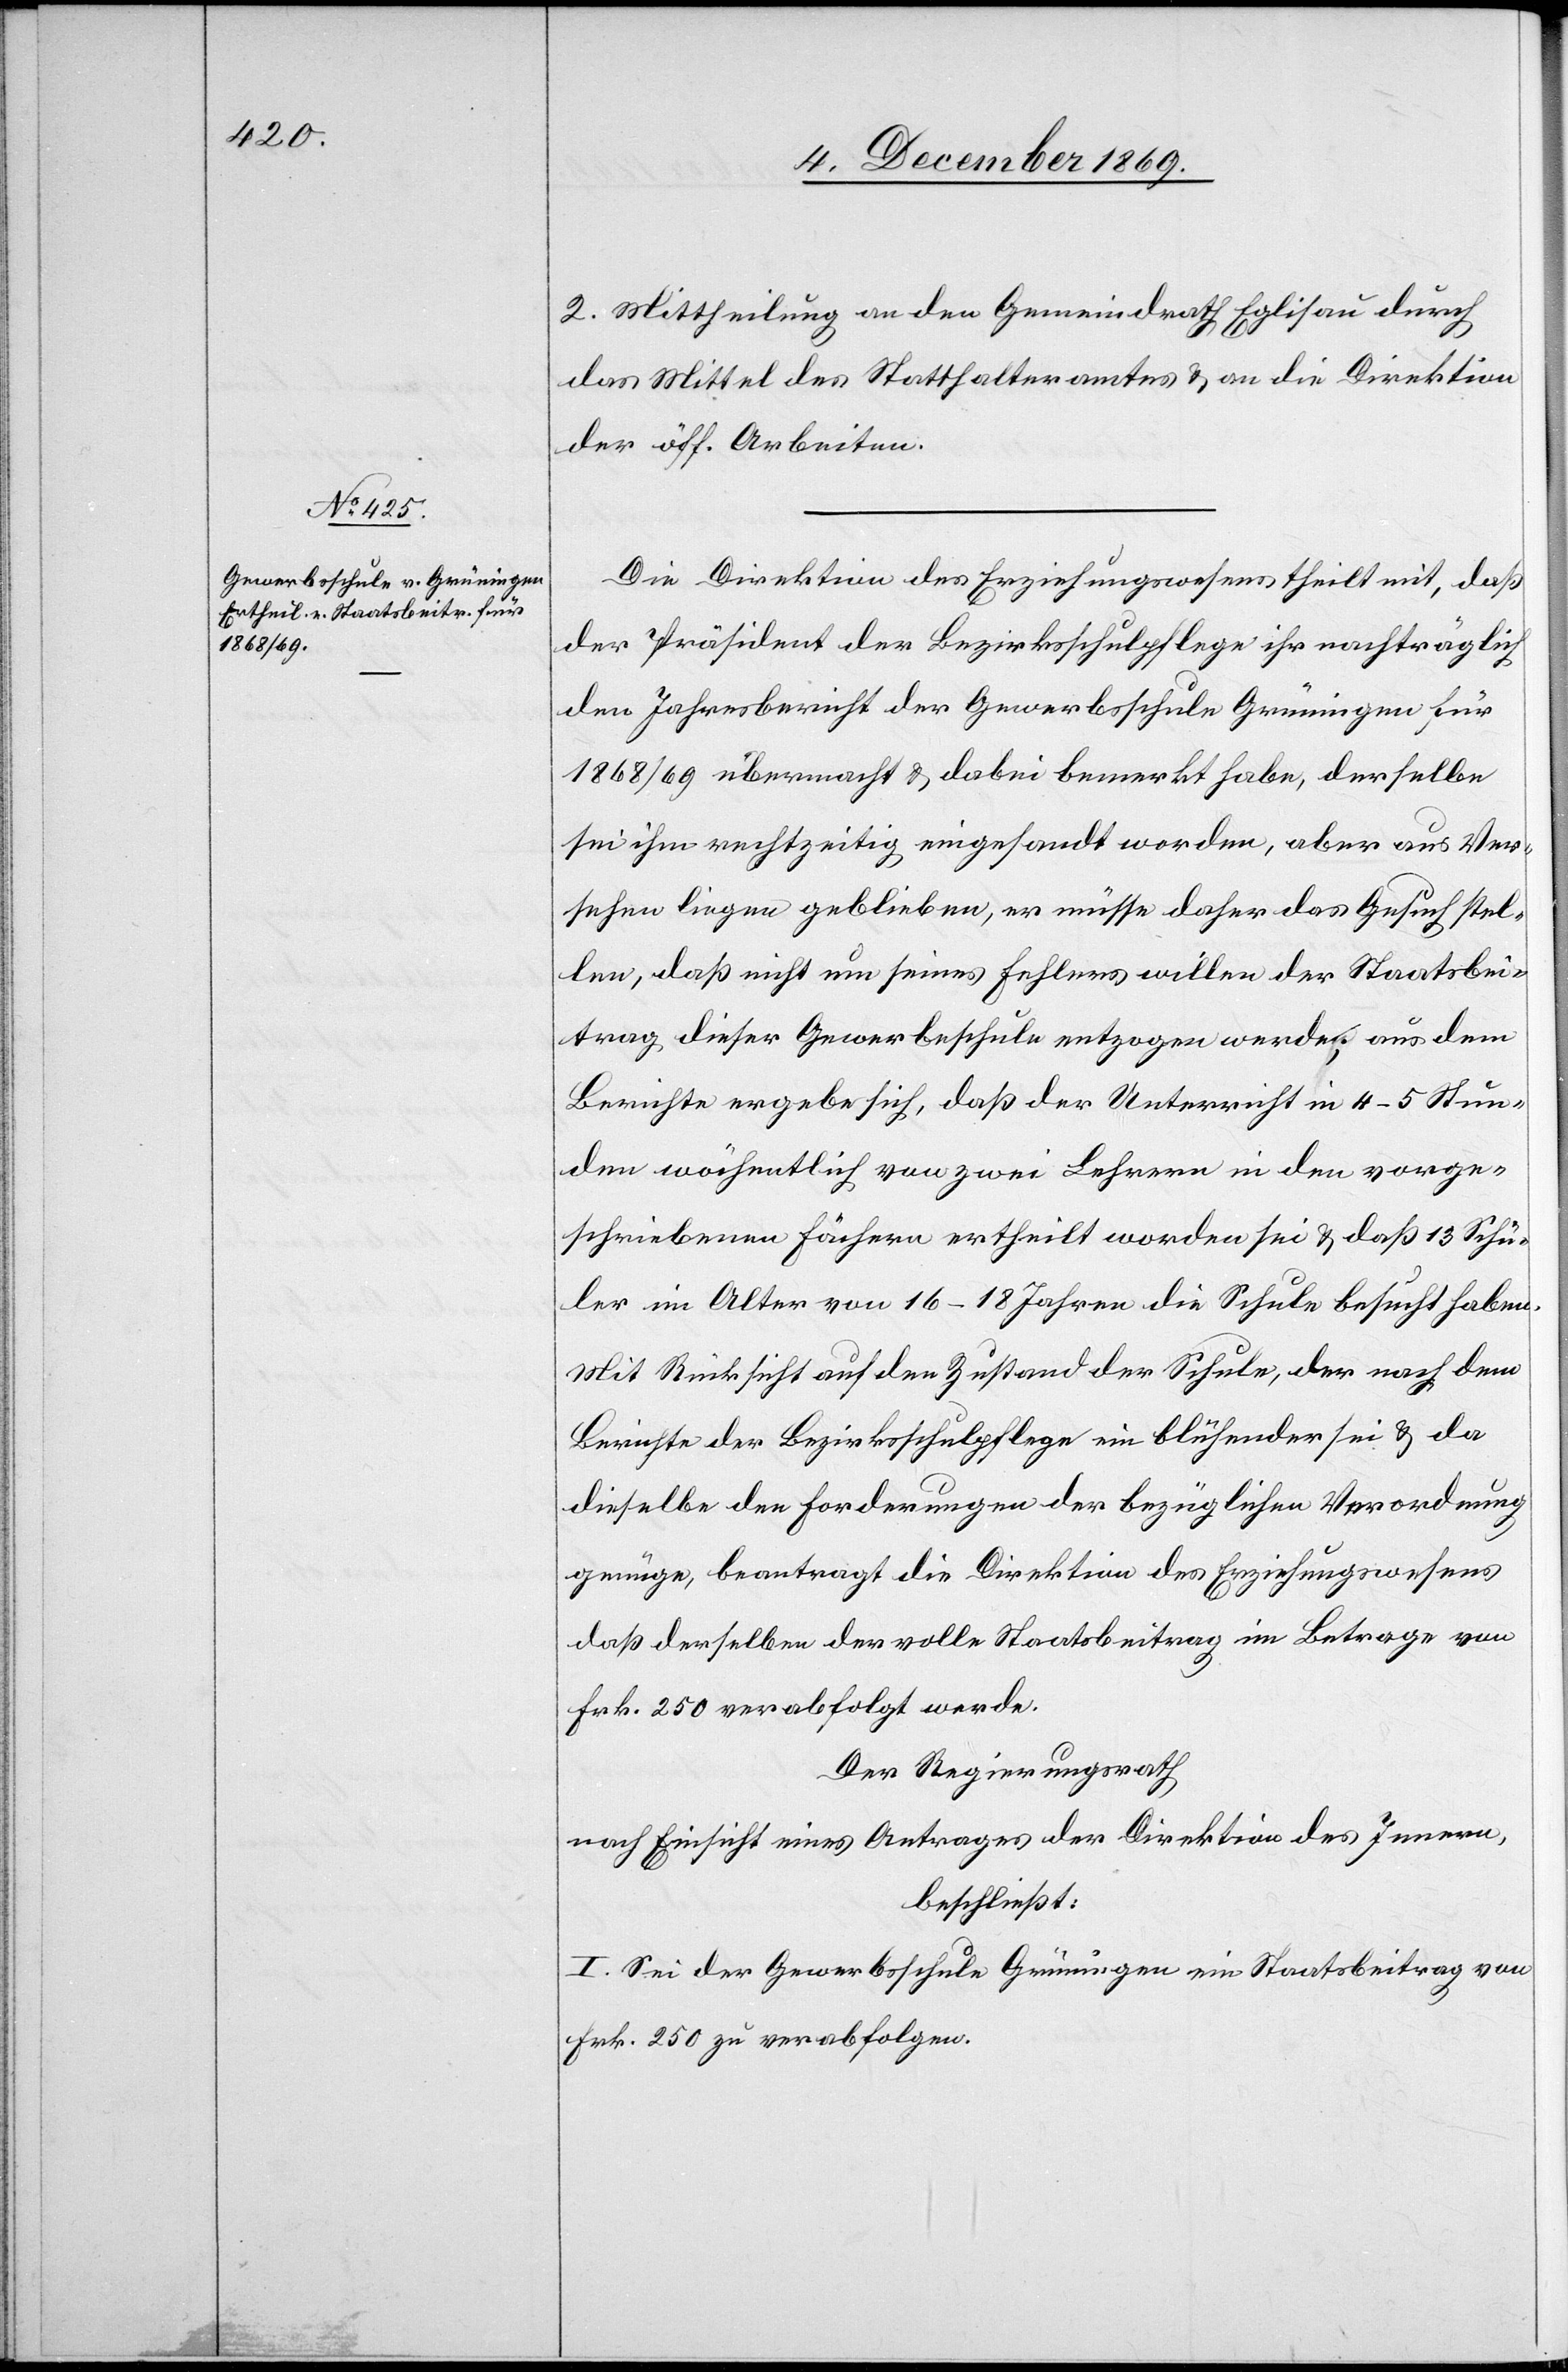
2. Mittheilung an den Gemeindrath Eglisau durch
das Mittel des Statthalteramtes & an die Direktion
der öff. Arbeiten.
Die Direktion des Erziehungswesens theilt mit, daß
der Präsident der Bezirksschulpflege ihr nachträglich
den Jahresbericht der Gewerbsschule Grüningen für
1868/69 übermacht & dabei bemerkt habe, derselbe
sei ihm rechtzeitig eingesandt worden, aber aus Ver¬
sehen liegen geblieben, er müsse daher das Gesuch stel¬
len, daß nicht um seines Fehlers willen der Staatsbei¬
trag dieser Gewerbeschule entzogen werde; aus dem
Berichte ergebe sich, daß der Unterricht in 4–5 Stun¬
den wöchentlich von zwei Lehrern in den vorge¬
schriebenen Fächern ertheilt worden sei & daß 13 Schü¬
ler im Alter von 16–18 Jahren die Schule besucht haben.
Mit Rücksicht auf den Zustand der Schule, der nach dem
Berichte der Bezirksschulpflege ein blühender sei & da
dieselbe den Forderungen der bezüglichen Verordnung
genüge, beantragt die Direktion des Erziehungswesens
daß derselben der volle Staatsbeitrag im Betrage von
Frk. 250. verabfolgt werde.
Der Regierungsrath
nach Einsicht eines Antrages der Direktion des Innern,
beschließt:
I. Sei der Gewerbsschule Grüningen ein Staatsbeitrag von
Frk. 250 zu verabfolgen.